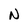
Character: N